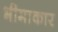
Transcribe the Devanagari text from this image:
भीमाकार